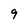
Character: 9